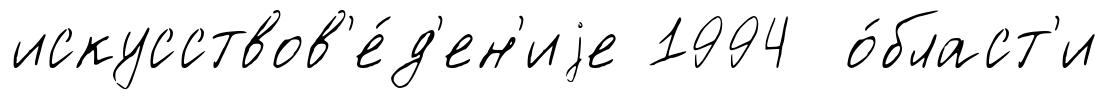
искусствов'е́д'ен'иjе 1994 о́бласт'и